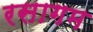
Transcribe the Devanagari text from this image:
रसागम